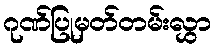
ဂုဏ်ပြုမှတ်တမ်းလွှာ